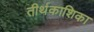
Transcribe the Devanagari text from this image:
तीर्थकाशिका